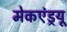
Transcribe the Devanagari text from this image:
मेकएंड्रयू